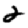
Digit: 2